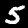
Digit: 5